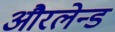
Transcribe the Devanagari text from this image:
औरलेन्ड